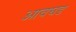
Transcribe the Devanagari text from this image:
आवघड